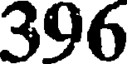
396